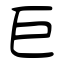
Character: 巨